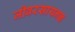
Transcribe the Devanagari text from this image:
जीवरसायनज्ञ